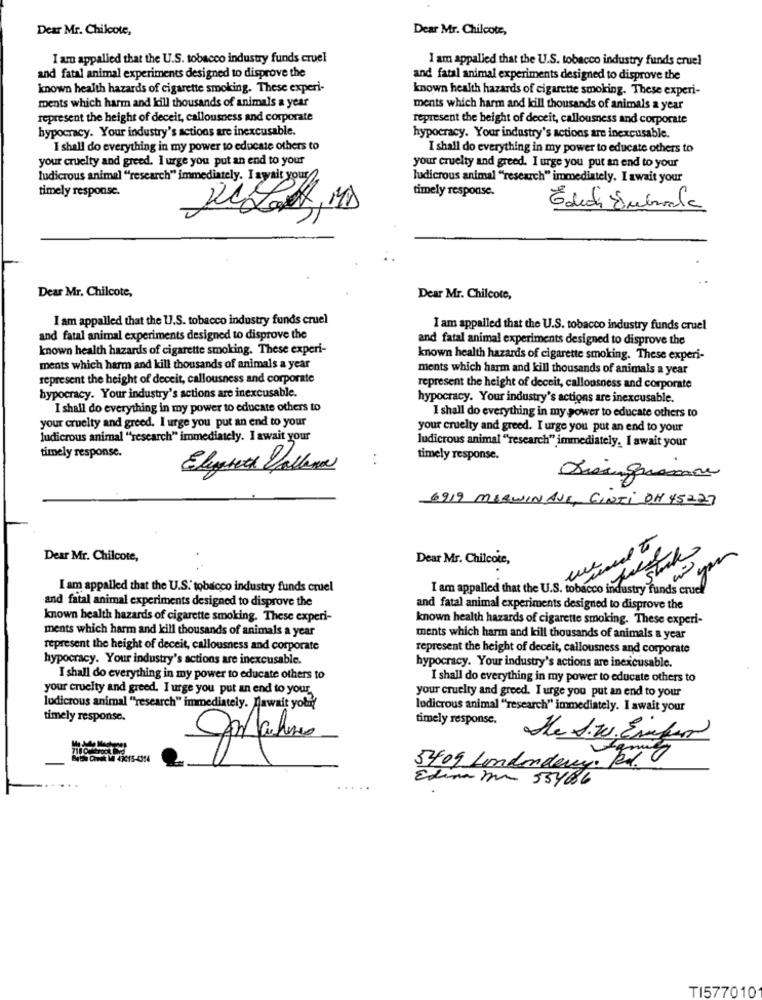
Dear Mr. Chilcote,
Dear Mr. Chilcote,
I am appalled that the U.S. tobacco industry funds cruel
I am appalled that the U.S. tobacco industry funds cruel
and fatal animal experiments designed to disprove the
and fatal animal experiments designed to disprove the
known health hazards of cigarette smoking. These experi-
known health hazards of cigarette smoking. These experi-
ments which harm and kill thousands of animals a year
ments which harm and kill thousands of animals a year
represent the height of deceit, callousness and corporate
represent the height of deceit, callousness and corporate
hypocracy. Your industry's actions are inexcusable.
hypocracy. Your industry's actions are inexcusable.
I shall do everything in my power to educate others to
I shall do everything in my power to educate others to
your cruelty and greed. I urge you put an end to your
your cruelty and greed. I urge you put an end to your
ludicrous animal "research" immediately. I await your
ludicrous animal "research" immediately. I await your
timely response.
timely response.
Edudi Embarada
Dear Mr, Chilcote,
Dear Mr. Chilcote,
I am appalled that the U.S. tobacco industry funds cruel
I am appalled that the U.S. tobacco industry funds cruel
and fatal animal experiments designed to disprove the
and fatal animal experiments designed to disprove the
known health hazards of cigarette smoking. These experi-
known health hazards of cigarette smoking. These experi-
ments which harm and kill thousands of animals a year
ments which harm and kill thousands of animals a year
represent the height of deceit, callousness and corporate
hypocracy. Your industry's actions are inexcusable.
represent the height of deceit, callousness and corporate
hypocracy. Your industry's actions are inexcusable.
I shall do everything in my power to educate others to
I shall do everything in my power to educate others to
your cruelty and greed. I urge you put an end to your
your cruelty and greed. I urge you put an end to your
ludicrous animal ""research" immediately. I await your
ludicrous animal ""research" immediately. I await your
timely response.
timely response.
Eleget Dallama
6919 MERWIN AVE, CINTI DH 45227
Dear Mr. Chilcote,
Dear Mr. Chilcote,
I am appalled that the U.S. tobacco industry funds cruel
I am appalled that the U.S. tobacco industry funds cruel
and fatal animal experiments designed to disprove the
and fatal animal experiments designed to disprove the
known health hazards of cigarette smoking. These experi-
known health hazards of cigarette smoking. These experi-
ments which harm and kill thousands of animals a year
ments which harm and kill thousands of animals a year
represent the height of deceit, callousness and corporate
represent the height of deceit, callousness and corporate
hypocracy. Your industry's actions are inexcusable.
hypocracy. Your industry's actions are inexcusable.
I shall do everything in my power to educate others to
I shall do everything in my power to educate others to
your cruelty and greed. I urge you put an end to your
your cruelty and greed. I urge you put an end to your
ludicrous animal ""research" immediately. Dawait yolu
ludicrous animal "'research" immediately. I await your
timely response.
timely response.
The S.W. Erfar
5409 Londonderry. Fr
Edina mr 55486
TI577010